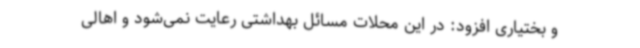
و بختیاری افزود: در این محلات مسائل بهداشتی رعایت نمی‌شود و اهالی